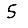
Digit: 5